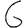
Digit: 6